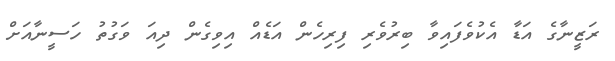
ރަޒީނާގެ އަޑާ އެކުވެފައިވާ ބިރުވެރި ފިރިހެން އަޑެއް އިވިގެން ދިއަ ވަގުތު ހަސީނާއަށް